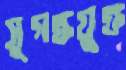
সুগন্ধযুক্ত